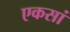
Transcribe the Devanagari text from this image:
एकसां